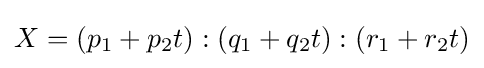
X=(p_{1}+p_{2}t):(q_{1}+q_{2}t):(r_{1}+r_{2}t)